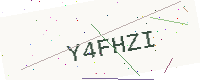
Text: Y4FHZI